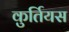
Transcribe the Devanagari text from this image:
कुर्तियस